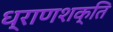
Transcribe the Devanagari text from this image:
ध्राणशक्ति